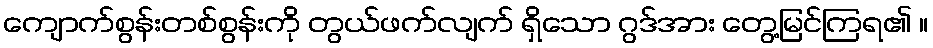
ကျောက်စွန်းတစ်စွန်းကို တွယ်ဖက်လျက် ရှိသော ဂွဒ်အား တွေ့မြင်ကြရ၏ ။